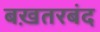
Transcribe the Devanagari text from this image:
बख़तरबंद